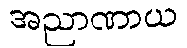
အညာဏာယ